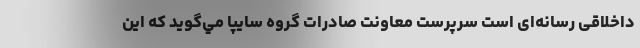
داخلاقی رسانه‌ای است سرپرست معاونت صادرات گروه سايپا مي‌گويد كه این